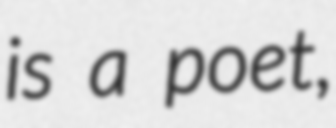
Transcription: is a poet,